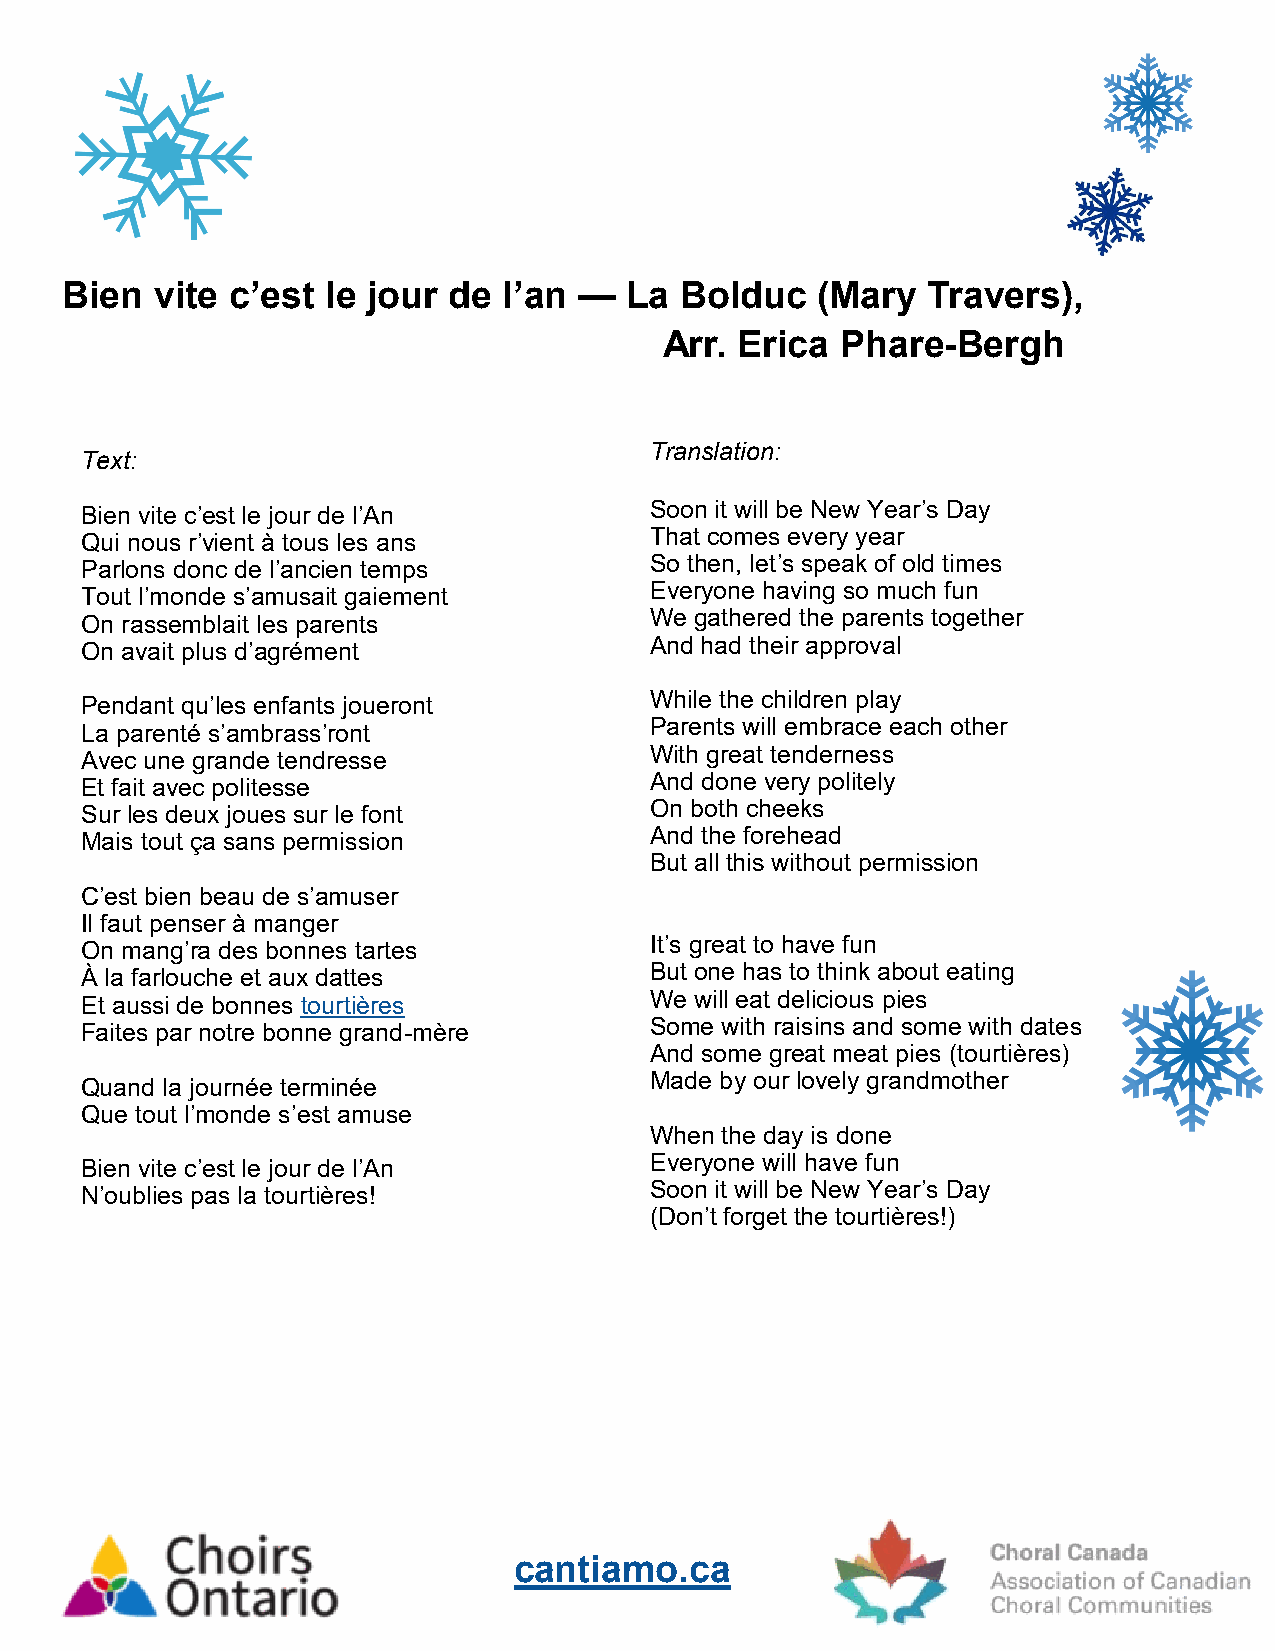
Bien  vite c’est  le jour de l’an —  La  Bolduc   (Mary  Travers),
 Arr. Erica  Phare-Bergh
 Translation:
 Text:
 Bien vite c’est le jour de l’An       Soon it will be New Year’s Day
 Qui nous r’vient à tous les ans       That comes every year
 Parlons donc de l’ancien temps        So then, let’s speak of old times
 Tout l’monde s’amusait gaiement       Everyone having so much fun
 On rassemblait les parents            We gathered the parents together
 On avait plus d’agrément              And had their approval
 Pendant qu’les enfants joueront       While the children play
 La parenté s’ambrass’ront             Parents will embrace each other
 Avec une grande tendresse             With great tenderness
 Et fait avec politesse                And done very politely
 Sur les deux joues sur le font        On both cheeks
 Mais tout ça sans permission          And the forehead
 But all this without permission
 C’est bien beau de s’amuser
 Il faut penser à manger
 On mang’ra des bonnes tartes          It’s great to have fun
 À la farlouche et aux dattes          But one has to think about eating
 Et aussi de bonnes tourtières         We will eat delicious pies
 Faites par notre bonne grand-mère     Some with raisins and some with dates
 And some great meat pies (tourtières)
 Quand la journée terminée             Made by our lovely grandmother
 Que tout l’monde s’est amuse
 When the day is done
 Bien vite c’est le jour de l’An       Everyone will have fun
 N’oublies pas la tourtières!          Soon it will be New Year’s Day
 (Don’t forget the tourtières!)
 cantiamo.ca